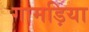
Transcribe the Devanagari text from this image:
गामड़िया